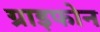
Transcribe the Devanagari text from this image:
ग्राइफोन